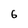
Character: 6